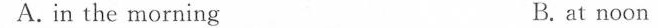
A.in the morning B. at noon